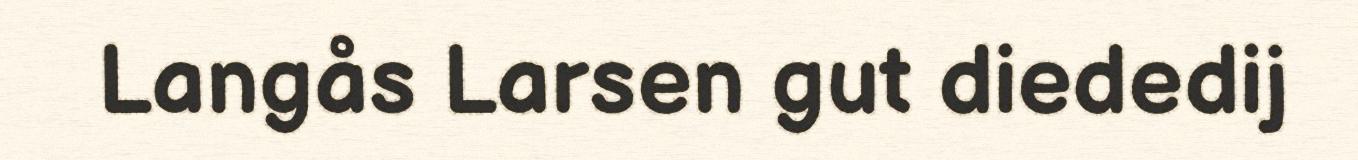
Langås Larsen gut diededij